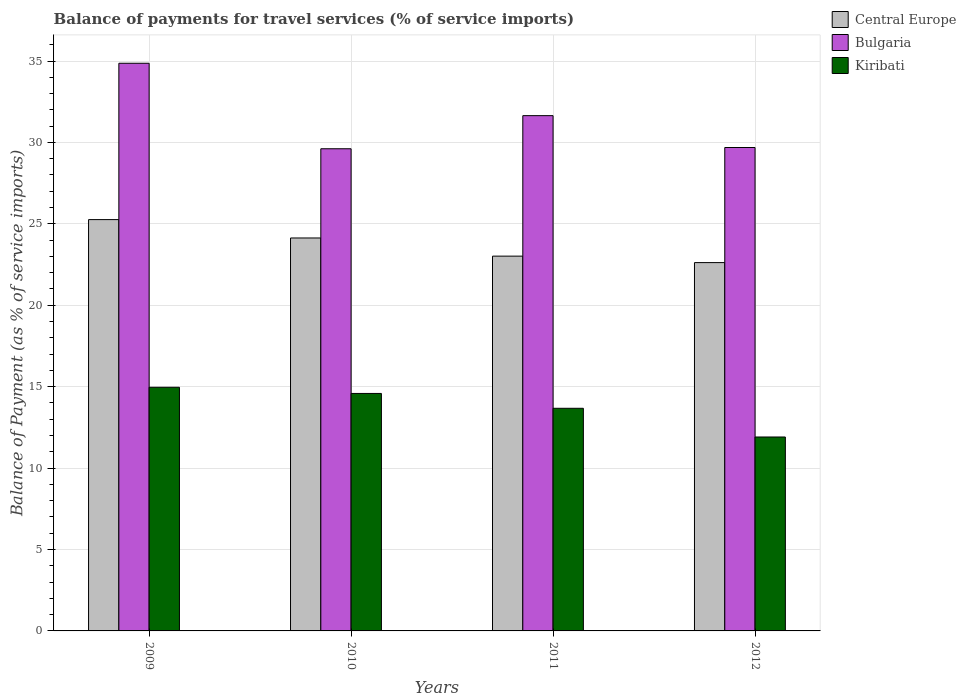
| Years | Central Europe | Bulgaria | Kiribati |
 | --- | --- | --- | --- |
 | 2009 | 25.3 | 34.9 | 15 |
 | 2010 | 24.1 | 29.6 | 14.6 |
 | 2011 | 23 | 31.6 | 13.7 |
 | 2012 | 22.6 | 29.7 | 11.9 |